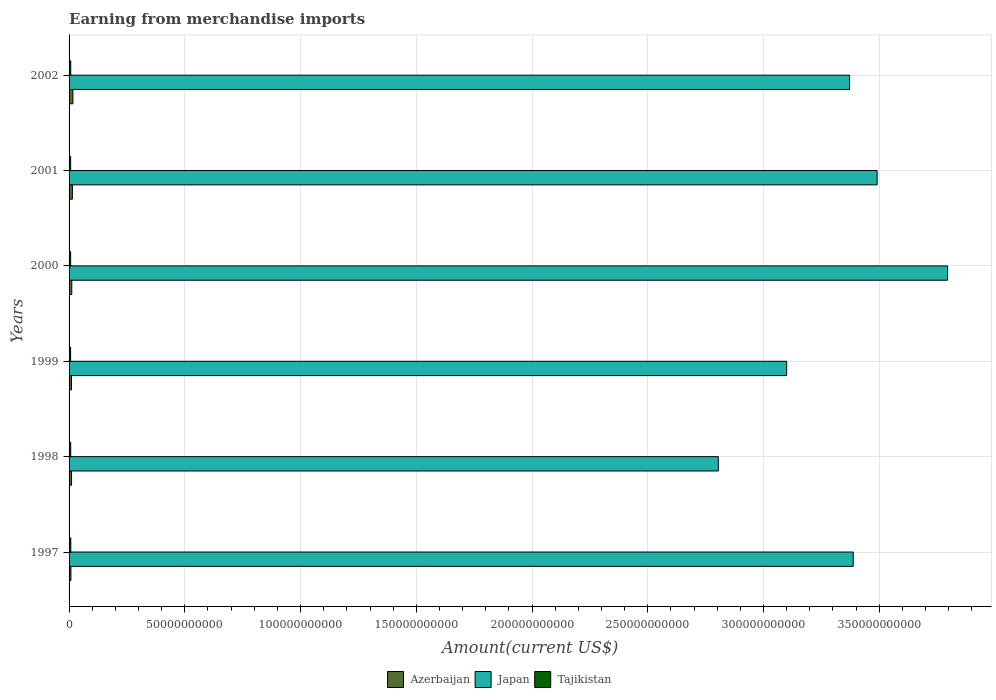
| Years | Azerbaijan | Japan | Tajikistan |
 | --- | --- | --- | --- |
 | 1997 | 7.94e+08 | 3.39e+11 | 7.5e+08 |
 | 1998 | 1.08e+09 | 2.8e+11 | 7.1e+08 |
 | 1999 | 1.04e+09 | 3.1e+11 | 6.63e+08 |
 | 2000 | 1.17e+09 | 3.8e+11 | 6.75e+08 |
 | 2001 | 1.43e+09 | 3.49e+11 | 6.88e+08 |
 | 2002 | 1.67e+09 | 3.37e+11 | 7.21e+08 |